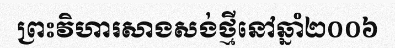
ព្រះវិហារសាងសង់ថ្មីនៅឆ្នាំ២០០៦